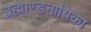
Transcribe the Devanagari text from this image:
ब्रह्माण्डनायिका